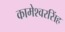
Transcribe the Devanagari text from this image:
कामेश्वरसिंह